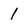
Character: 1